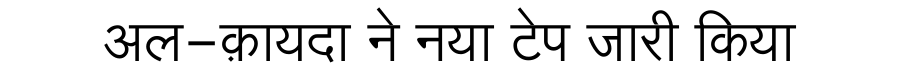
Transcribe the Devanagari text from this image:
अल-क़ायदा ने नया टेप जारी किया